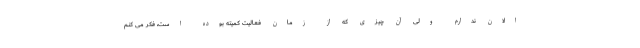
الان ندارم ولی آن چیزی که از زمان فعالیت کمیته بوده است، فکر می کنم